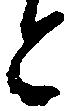
と